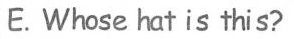
E.Whose hat is this?